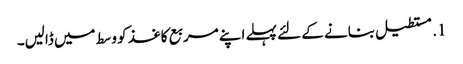
1. مستطیل بنانے کے لئے پہلے اپنے مربع کاغذ کو وسط میں ڈالیں۔